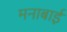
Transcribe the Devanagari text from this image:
मनाबाई